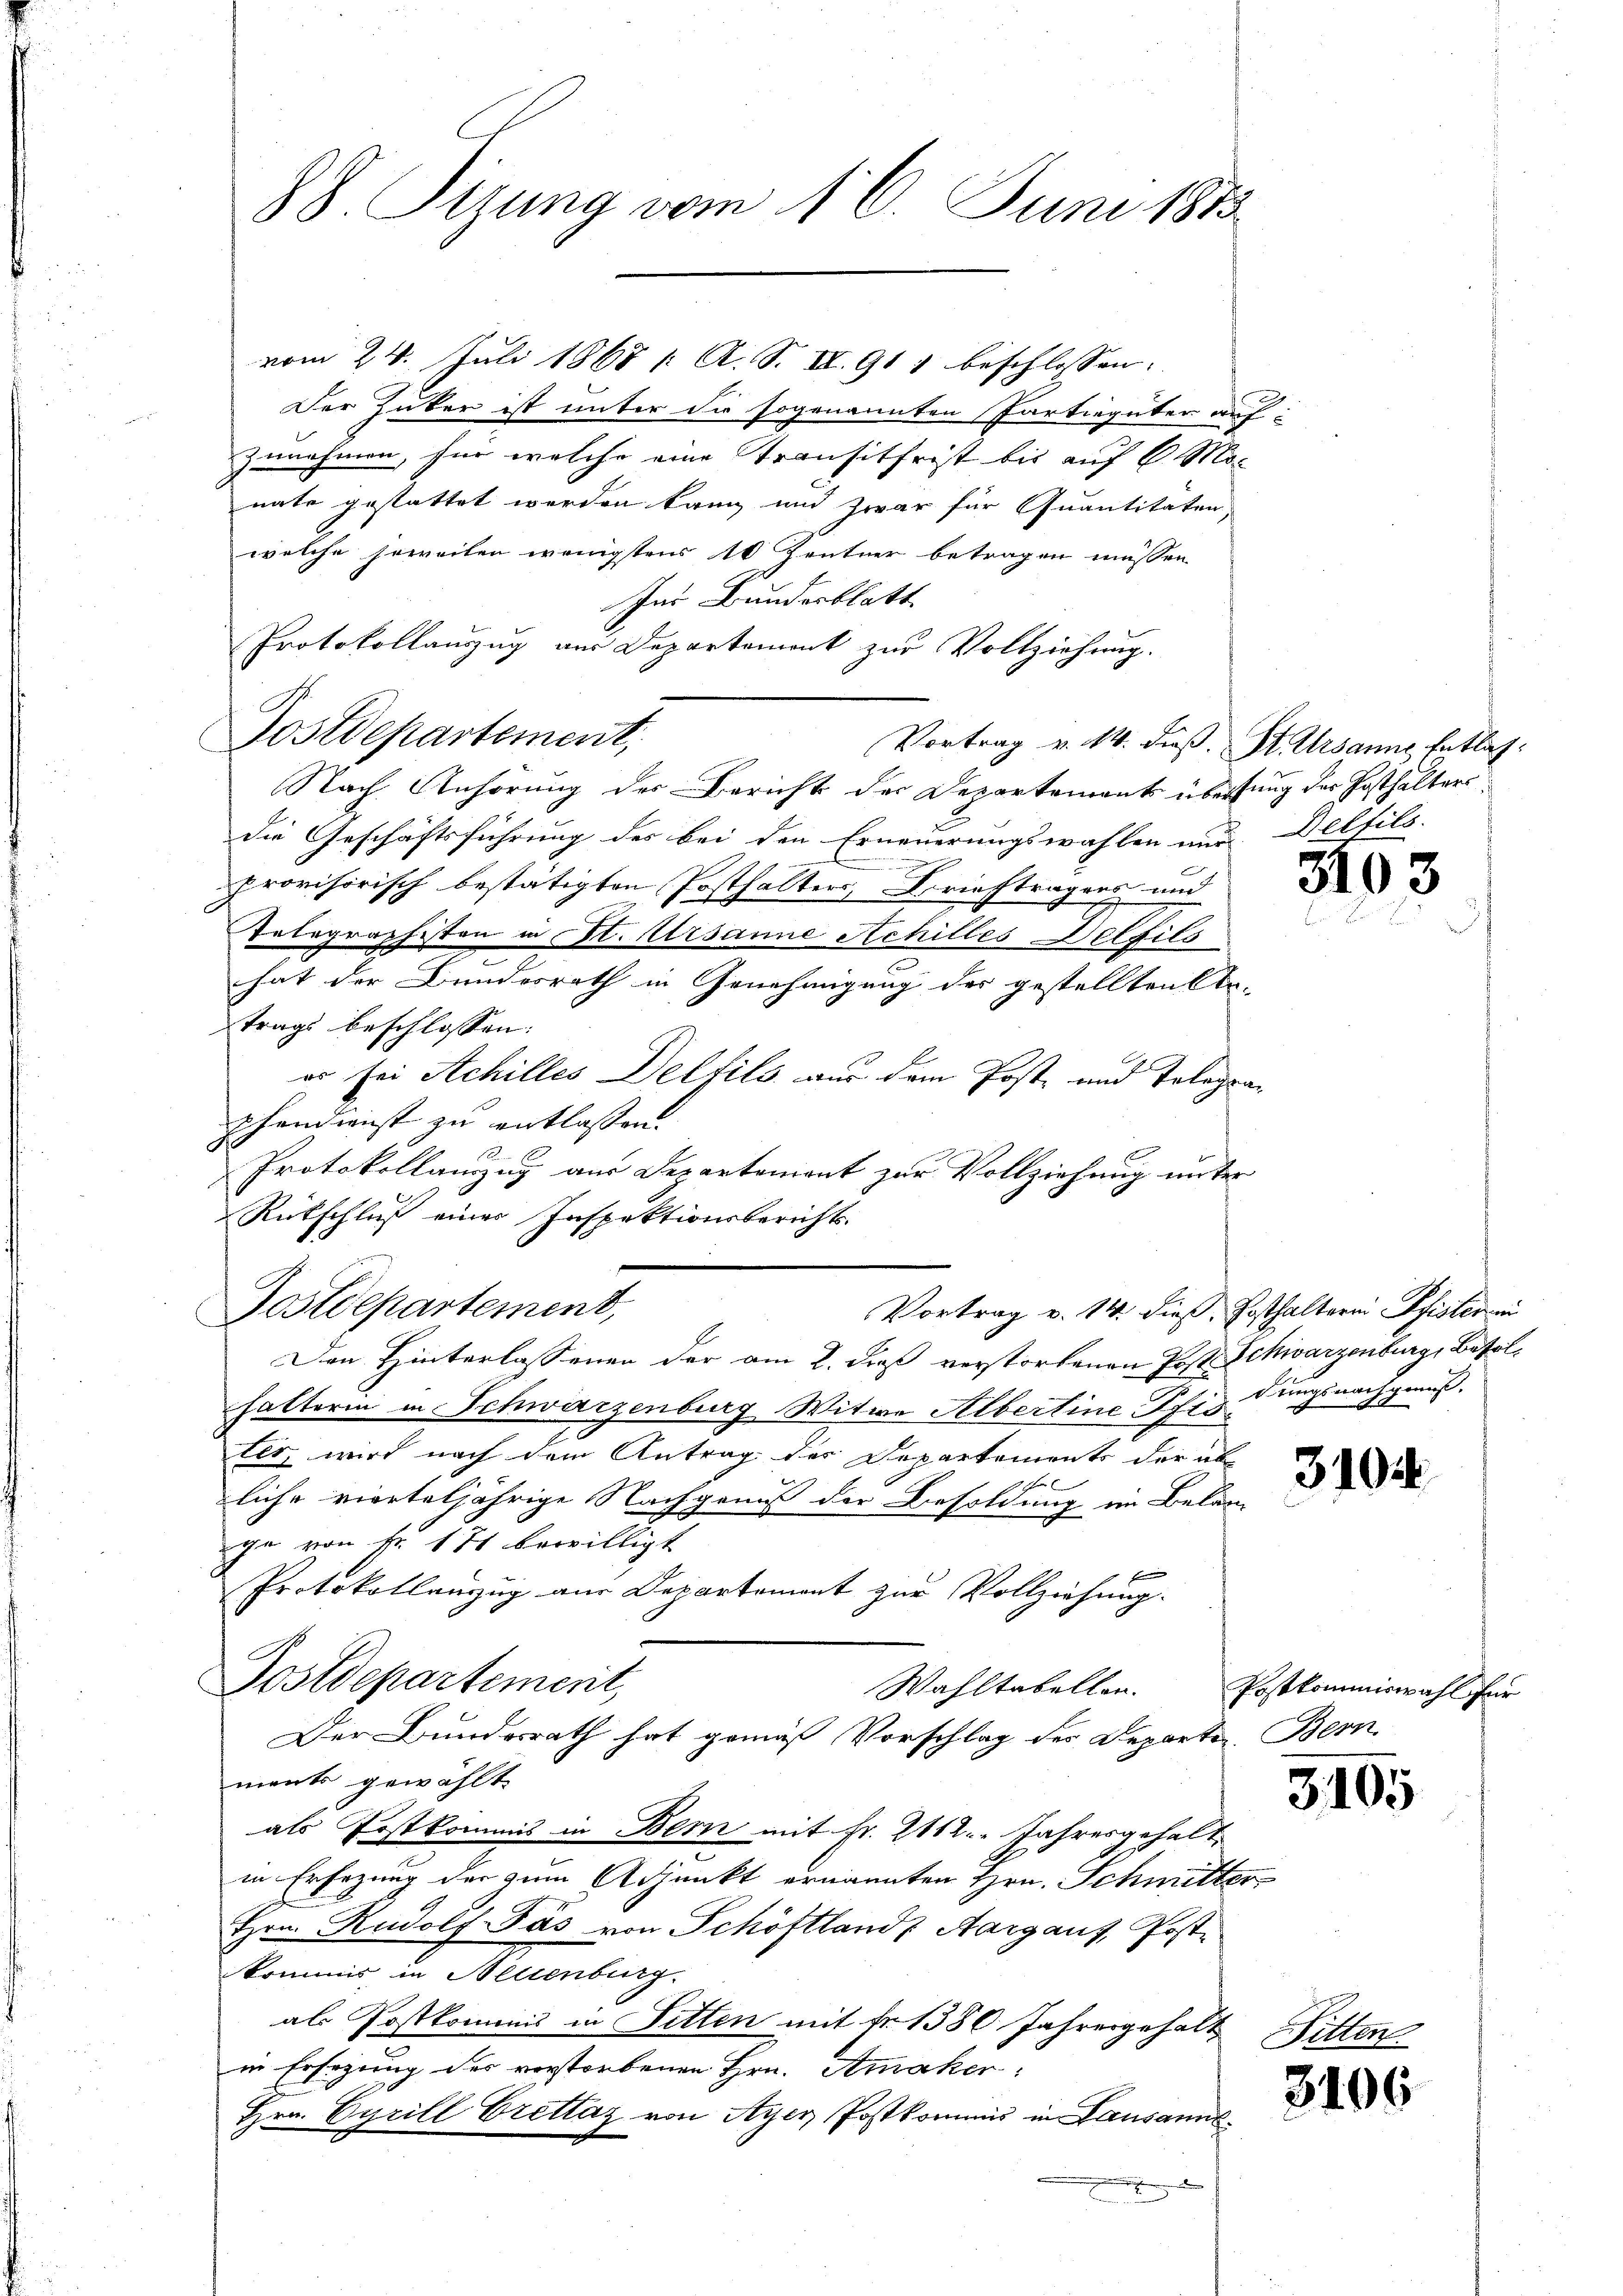
88. Sizung vom 16. Juni 1883

vom 24. Juli 1867 / A. S. II. 911 beschlossen:
Der Huber ist unter die sogenannten Partiegüter auf-
zunehmen, für welche eine Transitfrist bis auf 6. Mo-
nate gestattet werden kann und zwar für Quantitäten,
welche soweiten wenigstens 10 Zentner betragen müssen
Im Bundesblatt
Protokollauszug aus Departement zur Vollziehung.
Postdepartement,
Nach Anhörung des Bericht der Departements überfung der Posthaltersdie Geschäftsführung des bei den Erneuerungswahlen nur Delfils.
provisorisch bestätigten Posthalters, Briefträgers und
Telegraphisten in St. Ursanne Achilles Deltils
hat der Bundesrath in Genehmigung des gestellten An- |
trags beschlossen:
er sei Achilles Delfils aus dem Post- und Telegraphendienst zu entlassen.
Protokollanzug aus Departement zur Vollziehung unter
Rückschluß einer Inspektionsberichts-
Postdepartement,
Vortrag v. 14. dieß, Posthalterii Pfister in
Den Hinterlassenen der am 2. dieß verstorbenen Post Schwarzenburg, Baselhalterin in Schwärzenburg Witwe Albertine Pfindungsnachgenuß.
Els, wird nach dem Antrag der Departements der ab

liche vierteljährige Nachgenuß der Besoldung im Belan-
ge von Fr. 171 bewilligt
Protokollanzug aus Departement zur Vollziehung.
Postdepartement,
Wahltabellen.
Der Bundesrath hat gemäß Vorschlag des Departe Bern
ments gewählt
als Postkommis in Bern mit Fr. 2112. Jahresgehalt
in Ersezung der zum Adjunkt ernannten Hrn. Schmitter¬
Hrn. Rudolf Pás von Schöftland Aargaus, Postkommnis in Mettenburg.
als Postkommis in Sitten mit Fr. 1380 Jahrengehalt Ditten
in Ersezung des verstorbenen Hrn. Amaker
Hrn. Cyrill Brettag von Ayer Postkommis im Lausanne

Vortrag v. 14. dieß. St. Ursanne entlich:

3103

310.

Postkommiswahl für

3105